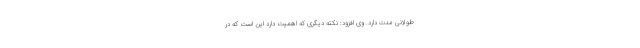
طولانی مدت دارد. وی افزود: نکته دیگری که اهمیت دارد این است که در